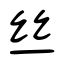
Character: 丝